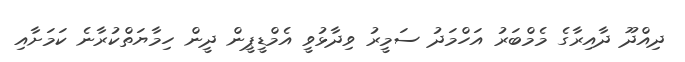
ދިއްދޫ ދާއިރާގެ މެމްބަރު އަހްމަދު ސަމީރު ވިދާޅުވީ އެމްޑީޕީން ދީން ހިމާޔަތްކުރާނެ ކަމަށާއި